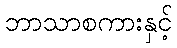
ဘာသာစကားနှင့်